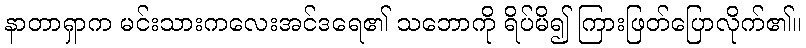
နာတာရှာက မင်းသားကလေးအင်ဒရေ၏ သဘောကို ရိပ်မိ၍ ကြားဖြတ်ပြောလိုက်၏။